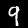
Label: 9